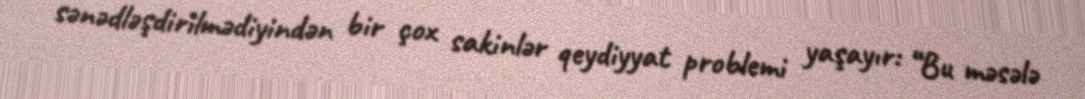
sənədləşdirilmədiyindən bir çox sakinlər qeydiyyat problemi yaşayır: “Bu məsələ